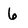
Character: 6